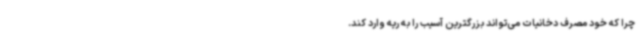
چرا که خود مصرف دخانیات می‌تواند بزرگترین آسیب را به ریه وارد کند.